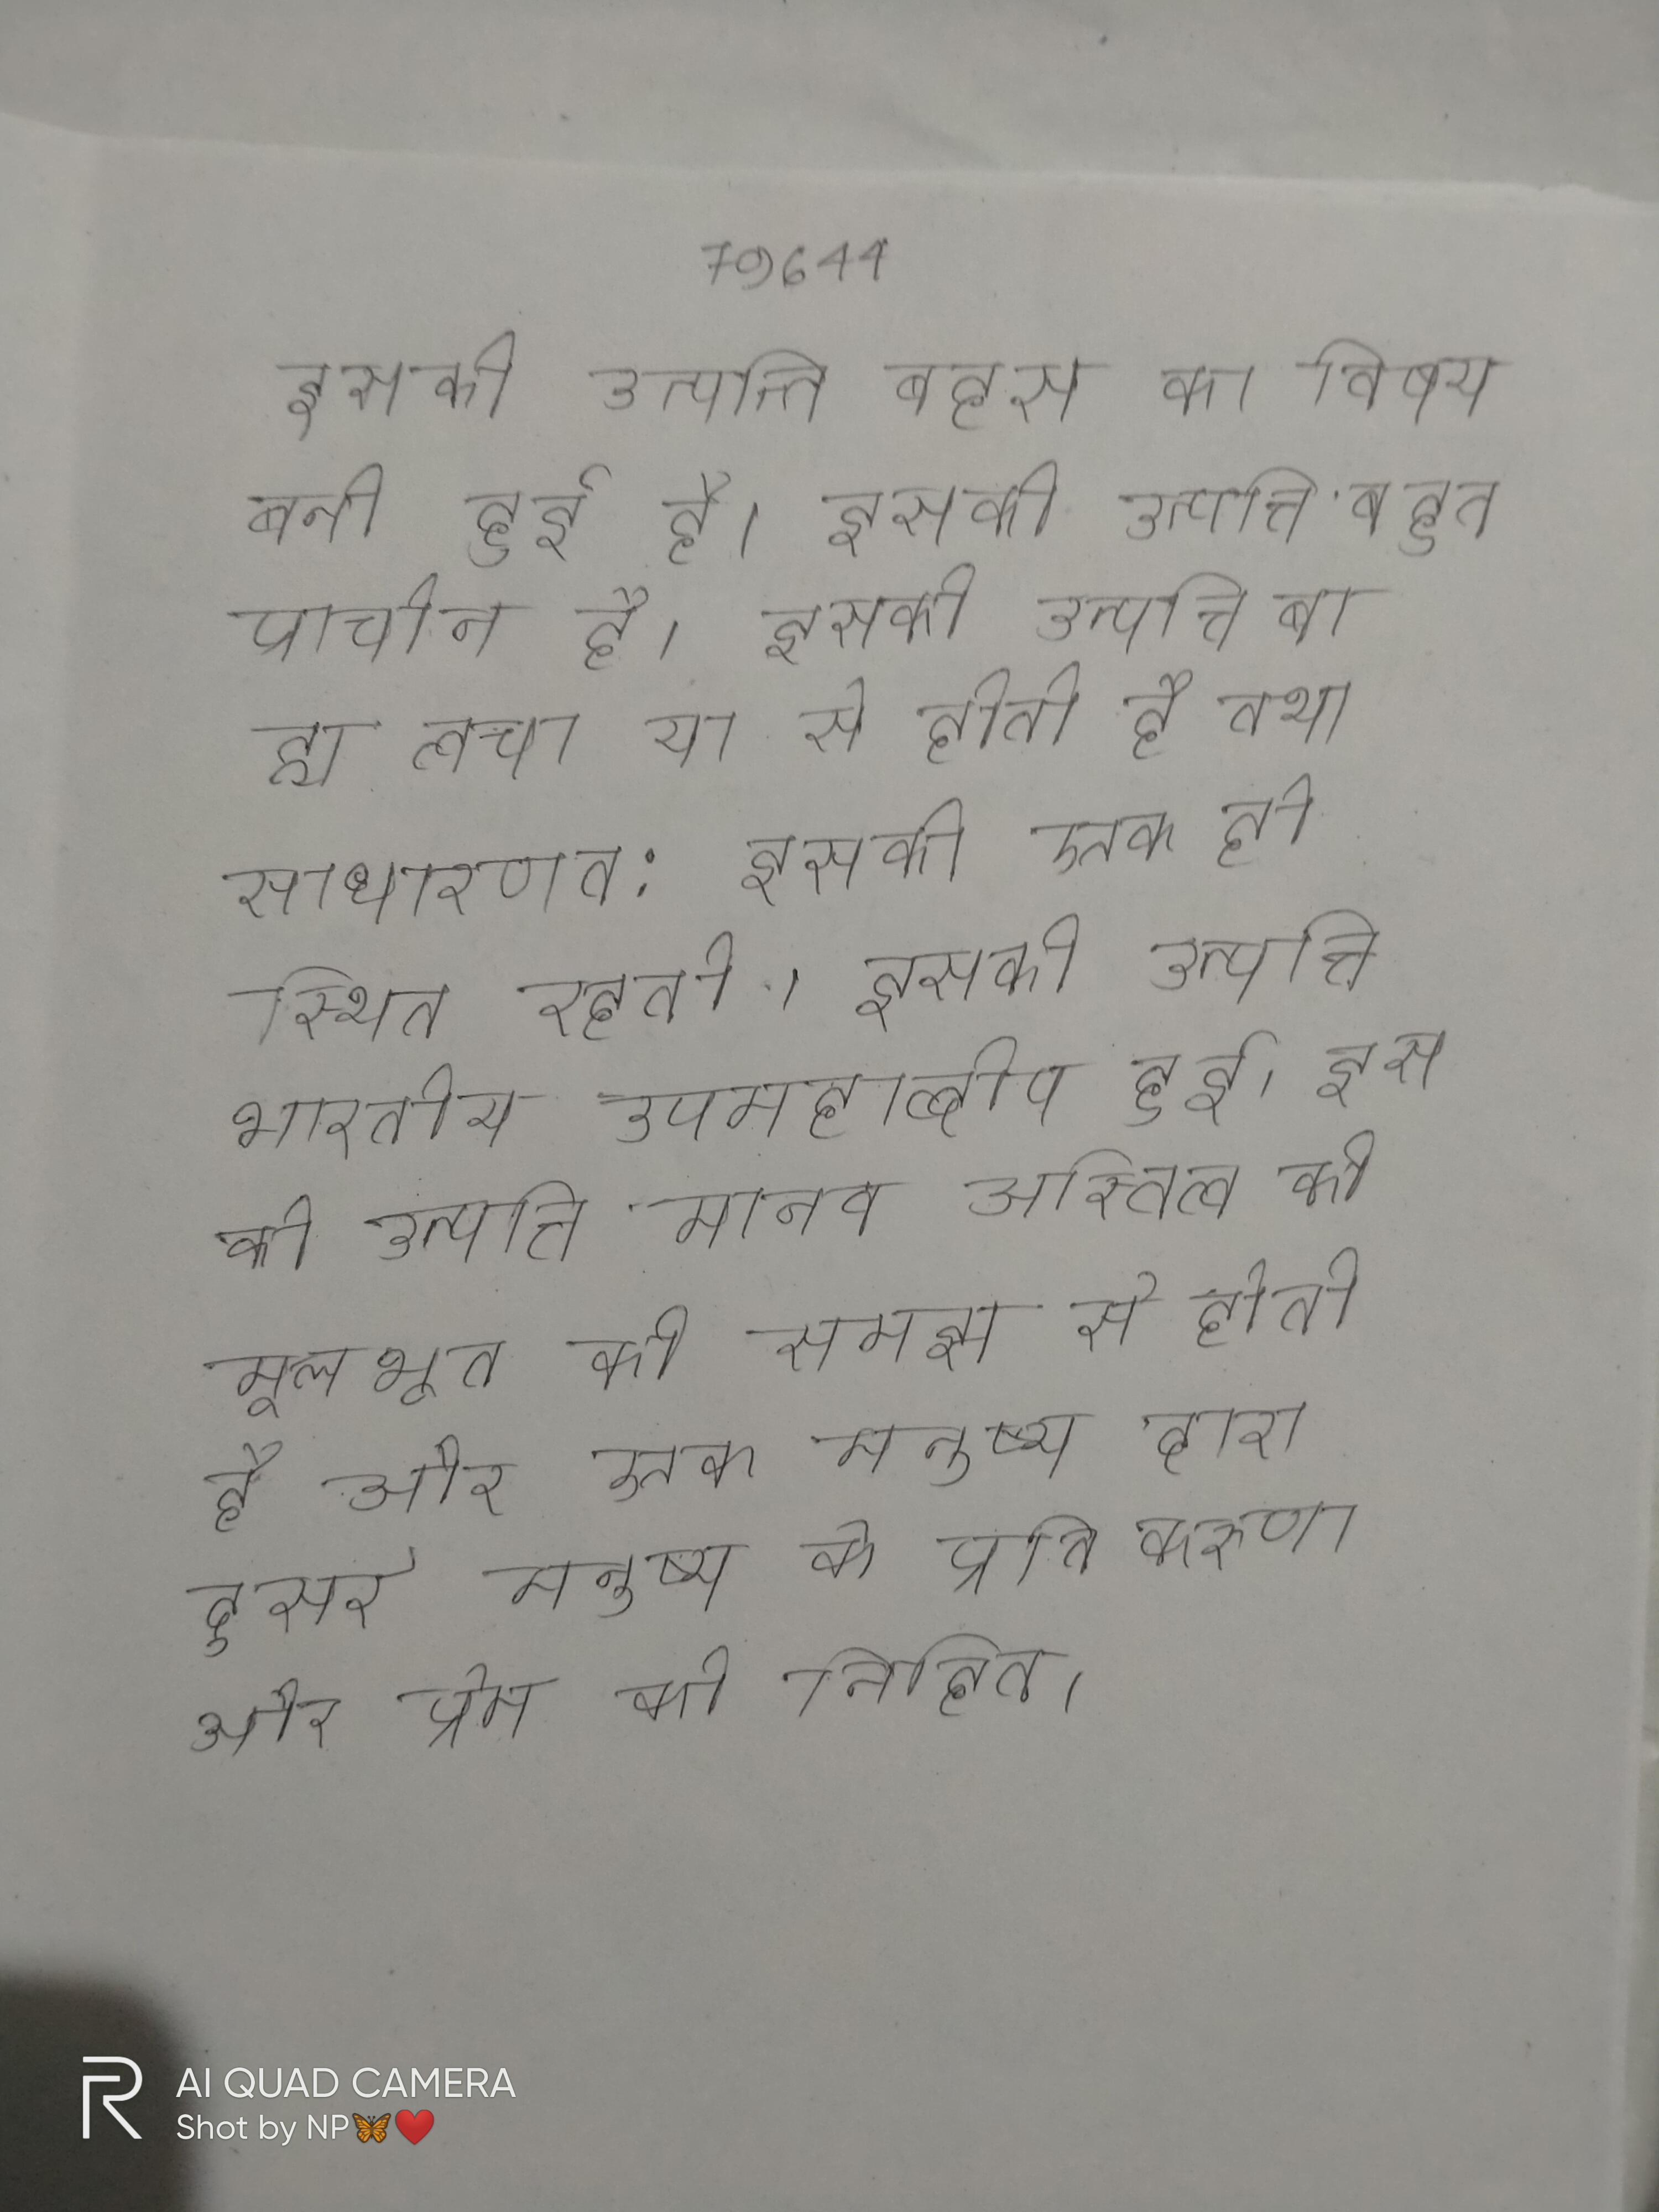
इसकी उत्पत्ति बहस का विषय बनी हुई है । इसकी उत्पत्ति बहुत प्राचीन है । इसकी उत्पत्ति बाह्य त्वचा या से होती है तथा साधारणत: इसकी एक ही स्थित रहती । इसकी उत्पत्ति भारतीय उपमहाद्वीप हुई । इसकी उत्पत्ति मानव अस्तित्व की मूलभूत की समझ से होती है और एक मनुष्य द्वारा दूसरे मनुष्य के प्रति करुणा और प्रेम की निहित ।